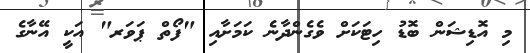
މި އޮޑިޝަން ބޮޑު ހިޓަކަށް ވެގެންދާނެ ކަމަށާއި "ފޯތް ޕަވަރ" އަކީ އޭނާގެ